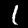
Label: 1